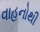
વાહનોથી